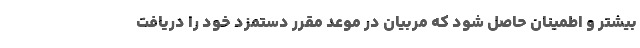
بیشتر و اطمینان حاصل شود که مربیان در موعد مقرر دستمزد خود را دریافت